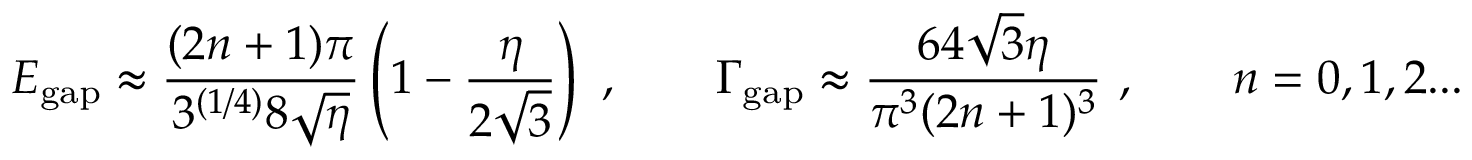
E _ { \mathrm { g a p } } \approx \frac { ( 2 n + 1 ) \pi } { 3 ^ { ( 1 / 4 ) } 8 \sqrt { \eta } } \left( 1 - \frac { \eta } { 2 \sqrt { 3 } } \right) \ , \qquad \Gamma _ { \mathrm { g a p } } \approx \frac { 6 4 \sqrt { 3 } \eta } { \pi ^ { 3 } ( 2 n + 1 ) ^ { 3 } } \ , \qquad n = 0 , 1 , 2 . . .